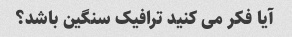
آیا فکر می کنید ترافیک سنگین باشد؟